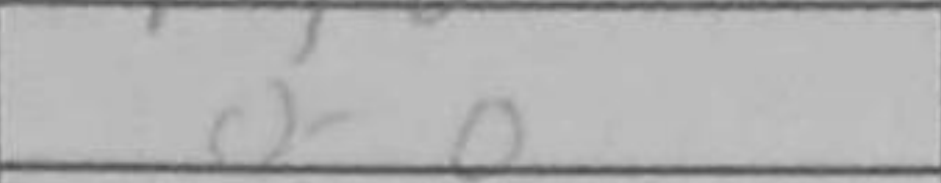
Transcription: O-O